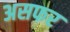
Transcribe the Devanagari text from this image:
असफर